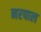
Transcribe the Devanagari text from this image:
नरपाल